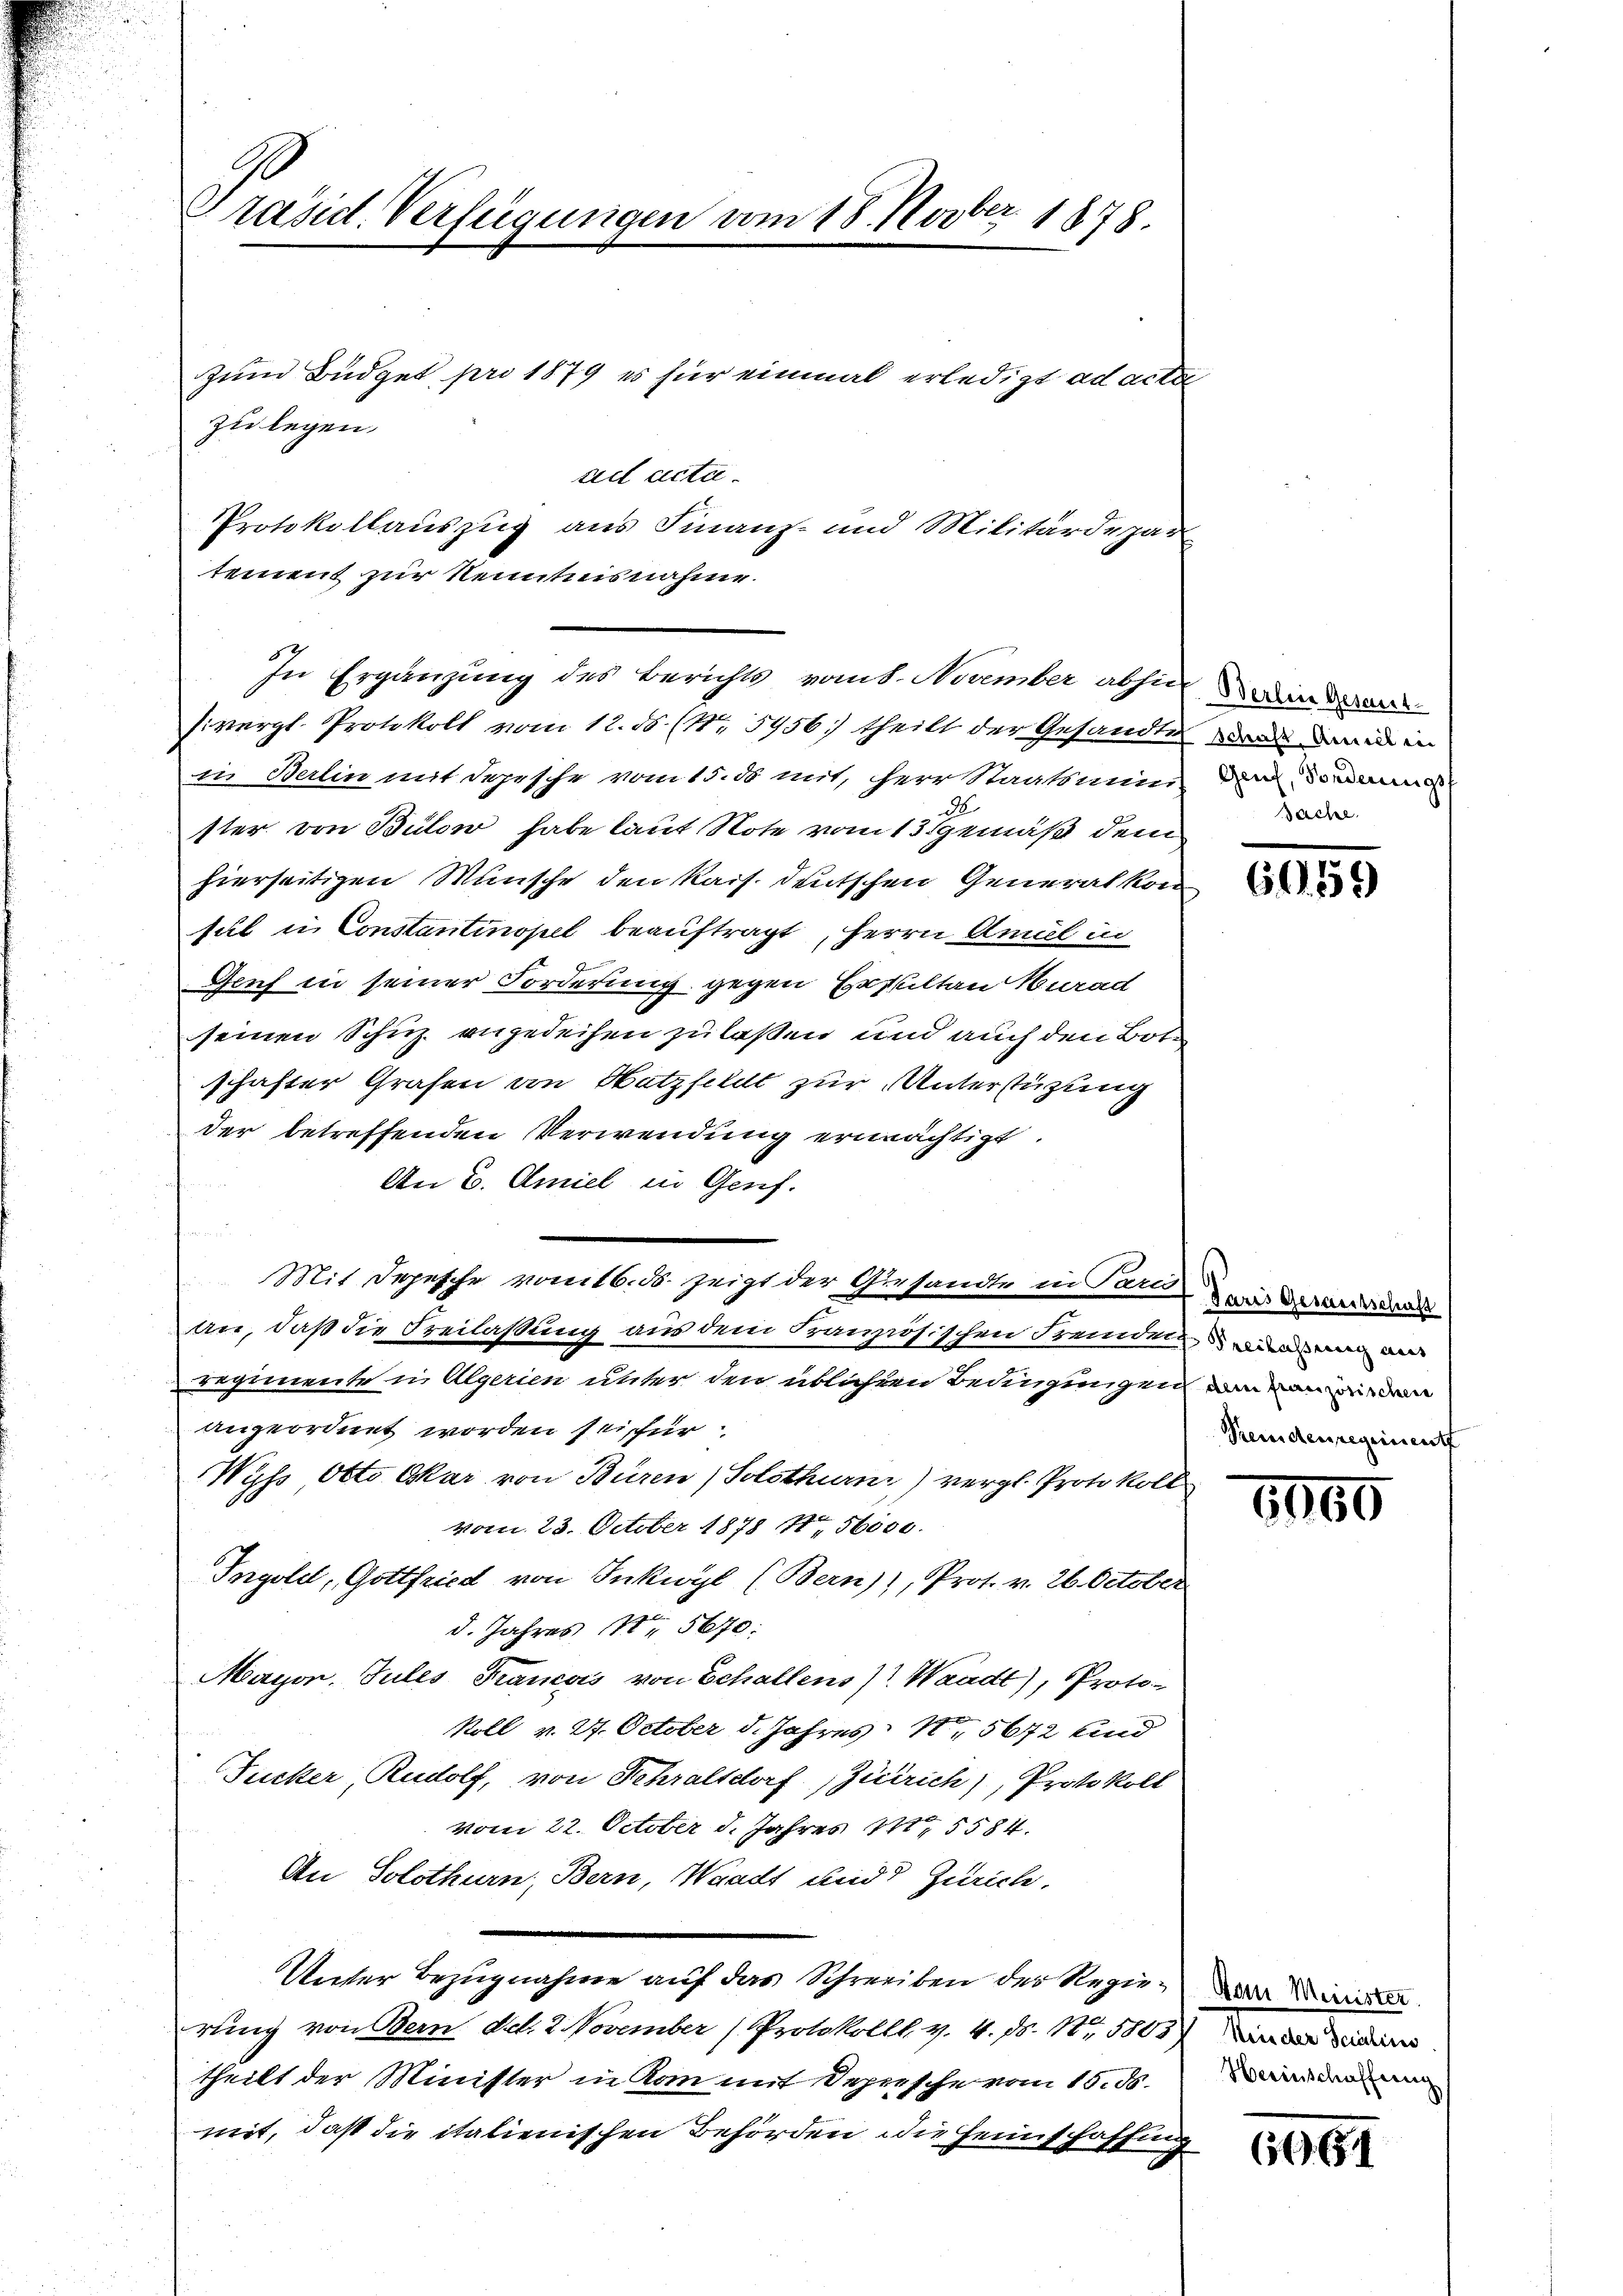
Präsid. Verfügungen vom 18. Novber 1878.

Zum Büdget pro 1879 es für einmal erledigt ad acta
riet acta
Protokollauszug aus Finanz- und Militärdepar
tement zur Kenntnisnahme.

zu legen.

In Ergänzung des Berichts vom 8. November abhin ande

sivergl. Protokoll vom 12. ds. (N. 5456) theilt der Gesandten, dann in ein
in Berlin mit depesche vom 15. ds mit, Herr Staatsmini in deman
ster von Bülow habe laut Note vom 15. gemäß dem
hierseitigen Wunsche den Kais. deutschen Generalkon
sill in Constantinopel beauftragt, Herrn Amal in
Genf in seiner Forderung gegen Ersulten Murad
seinen Schuz, angedeihen zu laßen und auch den Bote
schafter Grafen von Hatzfeldt zur Unterstützung
der betreffenden Verwendung ermächtigt.
An B. Amiel in Genf.
u
Mit Depesche vom 16. ds. zeigt der Gesandte in Par mit der den
an, daß die Freilassung aus dem Kranzösischen Fremdeln, wie ein
Reginnent in Algerien unter den üblicher Bedingungen in den
angeordnet worden sei für
Wyss Otto Oskar von Büren ( Solothurn) vergl. Protokoll
vom 23. October 1878 4ten 56000.
Ingoldt, Gottfried von Inkwyl (Bern)), Prof. v. 26. October
d. Jahres Nr 5670:
Mayon. Jules Francois von Schallens) Waadt, Proto
koll v. 27. October d. Jahres N. 5672 und
Jucker, Rudolf, von Schraltdorf, Zürich), Protokoll
vom 22. October d. Jahres 185584.
An Solothurn, Bern, Waadt und Zürich.
Unter Bezugnahme auf das Schreiben der Regierung von Bern d.d. 2. November (Protokoll. v. 4. ds. 15808
theilt der Minister in kam mit Depresche vom 15. ds.
mit, daß die italienischen Behörden die Heimschaffung

Sache.

6059

Remdenregiment

1800

Herinschaffung

6961